Leaving Certificate Examination, 1909
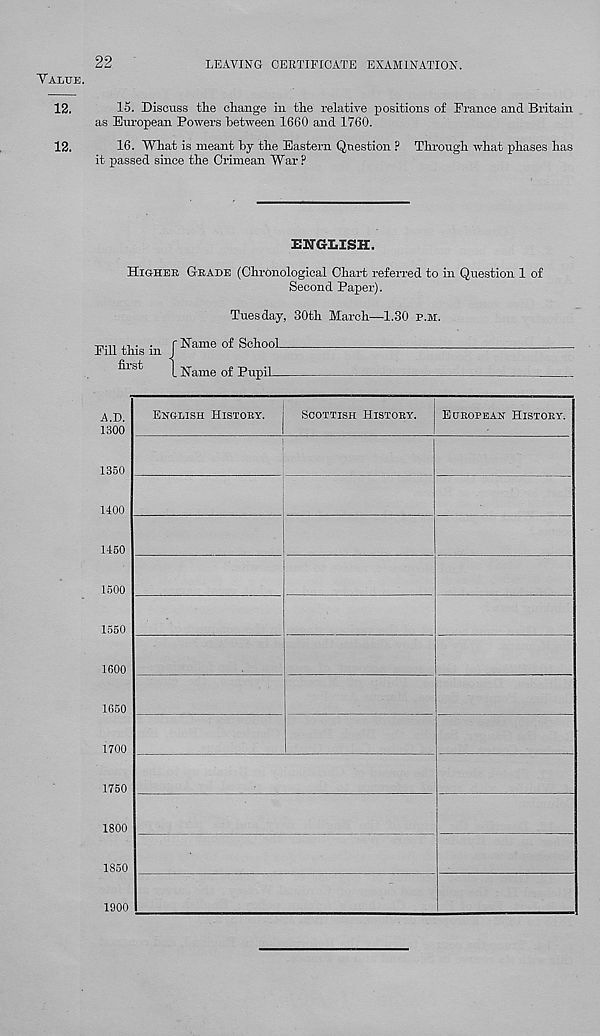
22
LEAVING CERTIFICATE EXAMINATION.
VALUE.
12.
15. Discuss tlie change in the relative positions of France and Britain
as Em-opean Powers between 1660 and 1760.
12.
16. What is meant by the Eastern Question F Through what phases has
it passed since the Crimean War?
EITGLISH.
HIGHER GRADE (Chronological Chart referred to in Question 1 of
Second Paper).
Tuesday, 30th March—1.30 P.M.
£ Schoo:
Name of PupiL
xvn J-I ■ ■ f Name of School
Fill this m J
first
|
A.D.
1300
1350
1400
1450
1500
1550
1G00
1650
1700
1750
1800
1850
ENGLISH HISTORY.
SCOTTISH HISTORY.
EUROPEAN HISTORY.
1900